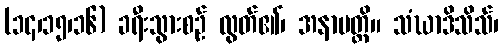
(၁၄၊၁၅၊၁၆) ခရီးသွားစဉ် လွတ်၏၊ အနာပတ္တိ။ သံဃာဒိသိသ်၊